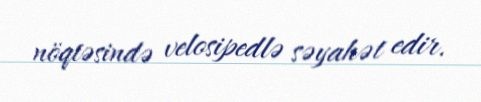
nöqtəsində velosipedlə səyahət edir.